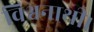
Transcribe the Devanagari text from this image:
विश्वनाथी।